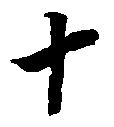
十